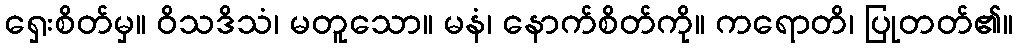
ရှေးစိတ်မှ။ ဝိသဒိသံ၊ မတူသော။ မနံ၊ နောက်စိတ်ကို။ ကရောတိ၊ ပြုတတ်၏။